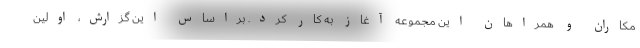
مکاران و همراهان این مجموعه آغاز به کار کرد. براساس این گزارش، اولین